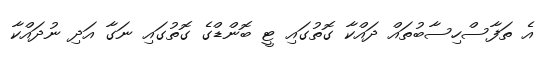
އެ ތަފާސްހިސާބުތައް ދައްކާ ގޮތުގައި ޓީ ބޮންޑްގެ ގޮތުގައި ނަގާ އަދި ނުދައްކާ